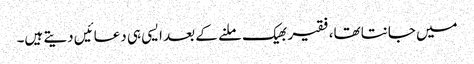
میں جانتا تھا،فقیر بھیک ملنے کے بعد ایسی ہی دعائیں دیتے ہیں۔